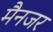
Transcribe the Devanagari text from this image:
मैनजर